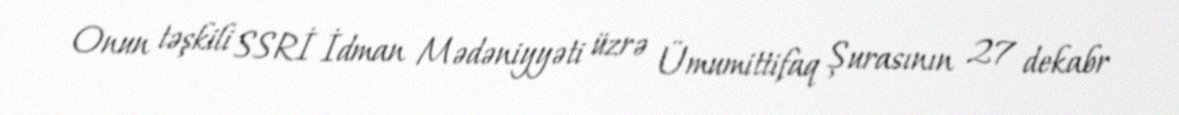
Onun təşkili SSRİ İdman Mədəniyyəti üzrə Ümumittifaq Şurasının 27 dekabr